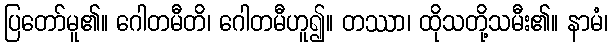
ပြတော်မူ၏။ ဂေါတမီတိ၊ ဂေါတမီဟူ၍။ တဿာ၊ ထိုသတို့သမီး၏။ နာမံ၊